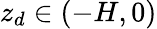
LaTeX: z_{d}\in(-H,0)